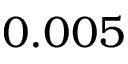
0 . 0 0 5